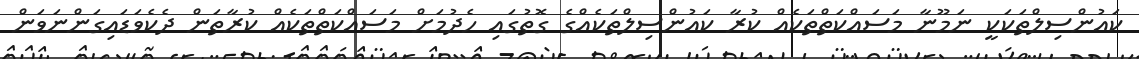
ކައުންސިލްތަކަކީ ނަމޫނާ މަސައްކަތްތަކެއް ކުރާ ކައުންސިލްތަކެއްގެ ގޮތުގައި ހެދުމަށް މަސައްކަތްތަކެއް ކުރާތަން ދެކެވަޑައިގަންނަވަން